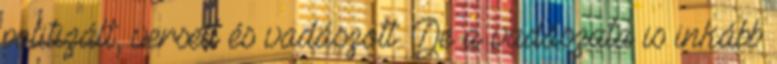
politizált, verselt és vadászott. De a vadászata is inkább